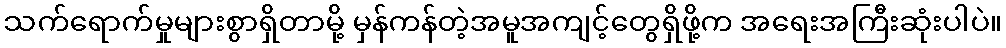
သက်ရောက်မှုများစွာရှိတာမို့ မှန်ကန်တဲ့အမူအကျင့်တွေရှိဖို့က အရေးအကြီးဆုံးပါပဲ။